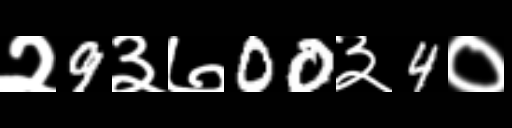
Text: २9३७00३4०